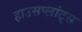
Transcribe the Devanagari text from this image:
हाउसप्लांट्स